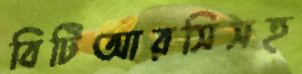
বিটিআরসিসহ